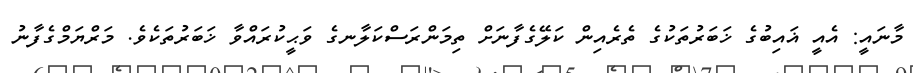
މާނައީ: އެއީ ޣައިބުގެ ޚަބަރުތަކުގެ ތެރެއިން ކަލޭގެފާނަށް ތިމަންރަސްކަލާނގެ ވަޙީކުރައްވާ ޚަބަރުތަކެވެ. މަރްޔަމްގެފާނު